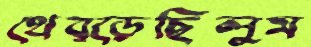
থেব্‌ড়েছিলুম